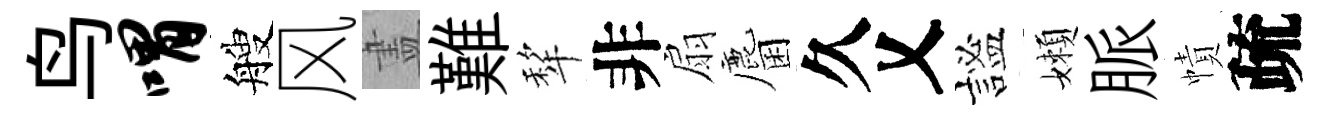
鸟喟艘风𥁞難犂非扇麕久乂謐嬾脈幘疏